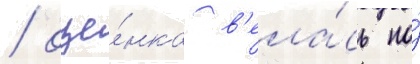
/ оце́нка в'ела́сь по́